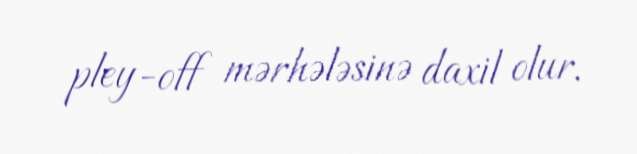
pley-off mərhələsinə daxil olur.